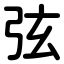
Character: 弦